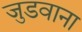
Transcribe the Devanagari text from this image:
जुडवाना